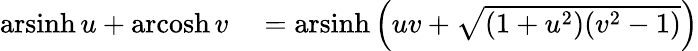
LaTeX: \begin{array}{rl}{\operatorname{arsinh}u+\operatorname{arcosh}v}&{{}=\operatorname{arsinh}\left(uv+{\sqrt{(1+u^{2})(v^{2}-1)}}\right)}\end{array}